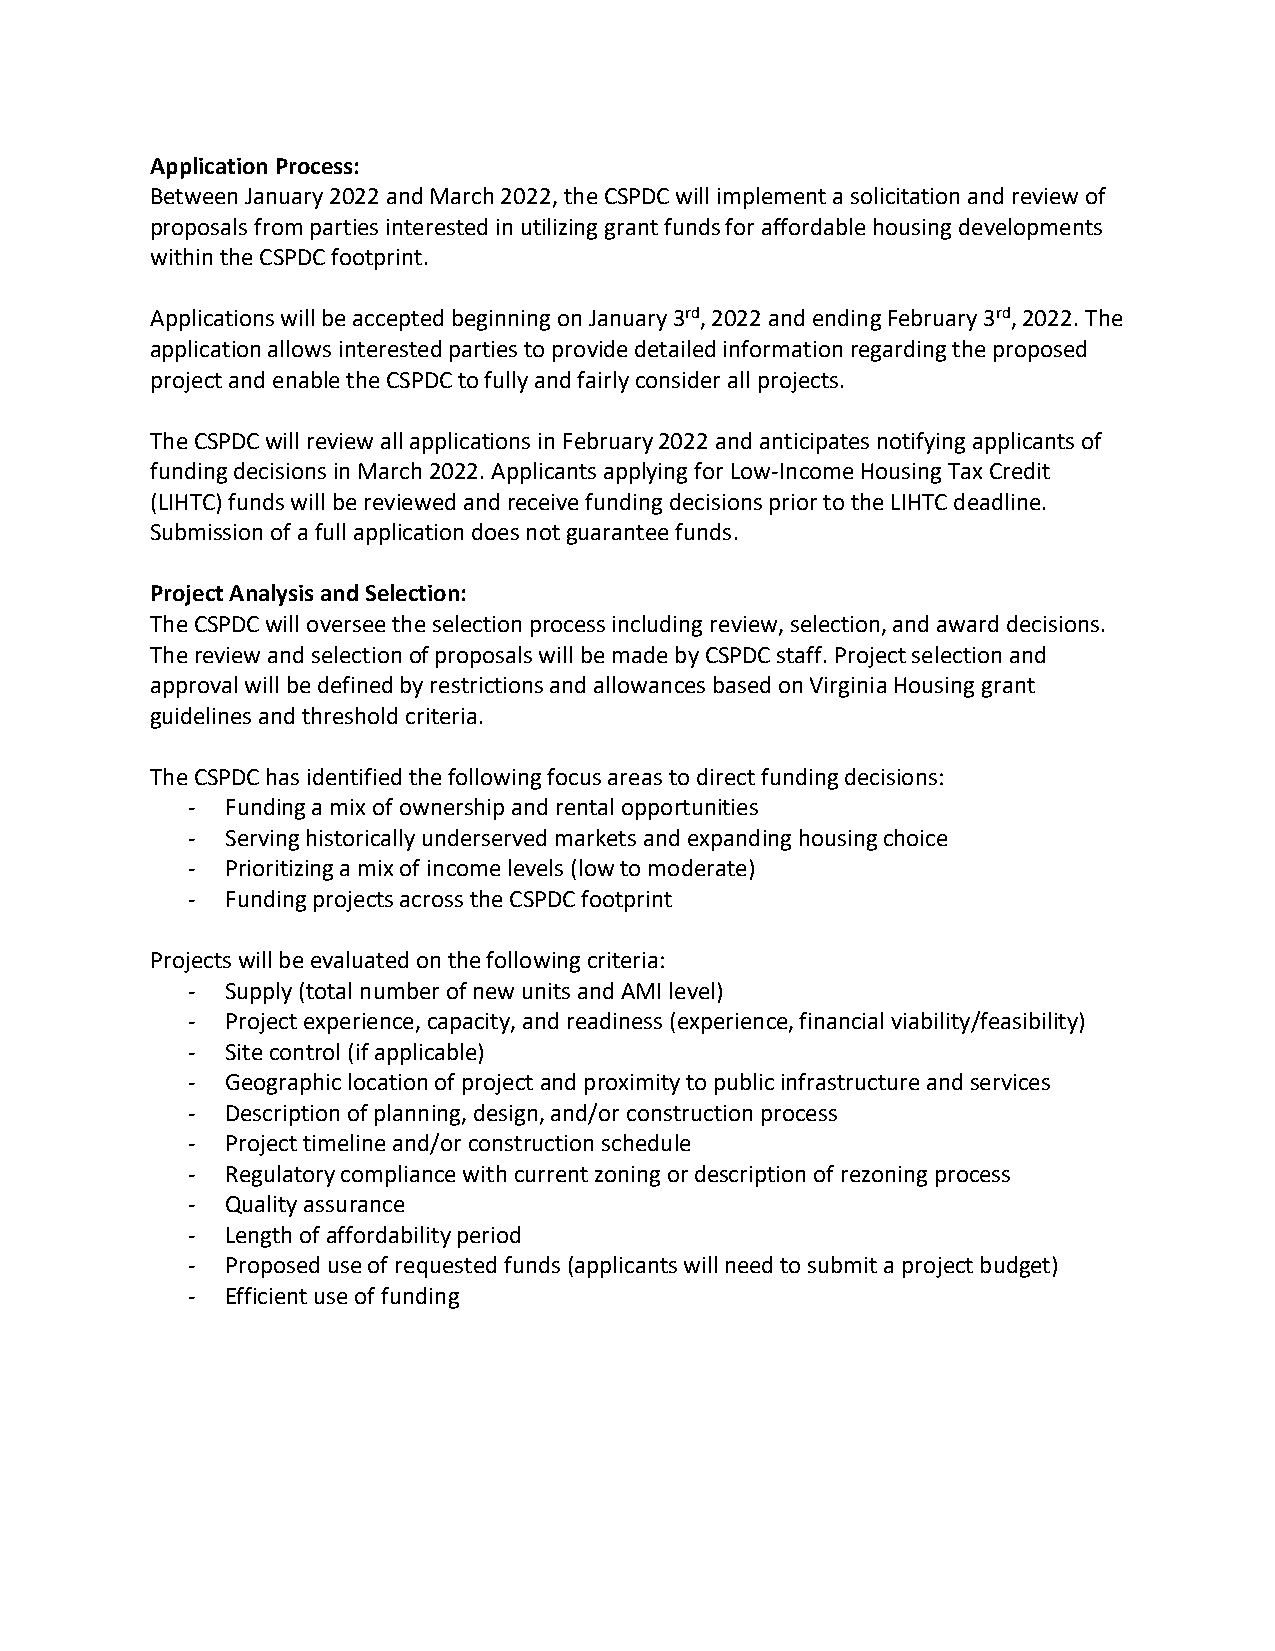
Application Process:
 Between January 2022 and March 2022, the CSPDC will implement a solicitation and review of
 proposals from parties interested in utilizing grant funds for affordable housing developments
 within the CSPDC footprint.
 Applications will be accepted beginning on January 3rd, 2022 and ending February 3rd, 2022. The
 application allows interested parties to provide detailed information regarding the proposed
 project and enable the CSPDC to fully and fairly consider all projects.
 The CSPDC will review all applications in February 2022 and anticipates notifying applicants of
 funding decisions in March 2022. Applicants applying for Low-Income Housing Tax Credit
 (LIHTC) funds will be reviewed and receive funding decisions prior to the LIHTC deadline.
 Submission of a full application does not guarantee funds.
 Project Analysis and Selection:
 The CSPDC will oversee the selection process including review, selection, and award decisions.
 The review and selection of proposals will be made by CSPDC staff. Project selection and
 approval will be defined by restrictions and allowances based on Virginia Housing grant
 guidelines and threshold criteria.
 The CSPDC has identified the following focus areas to direct funding decisions:
 -  Funding a mix of ownership and rental opportunities
 -  Serving historically underserved markets and expanding housing choice
 -  Prioritizing a mix of income levels (low to moderate)
 -  Funding projects across the CSPDC footprint
 Projects will be evaluated on the following criteria:
 -  Supply (total number of new units and AMI level)
 -  Project experience, capacity, and readiness (experience, financial viability/feasibility)
 -  Site control (if applicable)
 -  Geographic location of project and proximity to public infrastructure and services
 -  Description of planning, design, and/or construction process
 -  Project timeline and/or construction schedule
 -  Regulatory compliance with current zoning or description of rezoning process
 -  Quality assurance
 -  Length of affordability period
 -  Proposed use of requested funds (applicants will need to submit a project budget)
 -  Efficient use of funding